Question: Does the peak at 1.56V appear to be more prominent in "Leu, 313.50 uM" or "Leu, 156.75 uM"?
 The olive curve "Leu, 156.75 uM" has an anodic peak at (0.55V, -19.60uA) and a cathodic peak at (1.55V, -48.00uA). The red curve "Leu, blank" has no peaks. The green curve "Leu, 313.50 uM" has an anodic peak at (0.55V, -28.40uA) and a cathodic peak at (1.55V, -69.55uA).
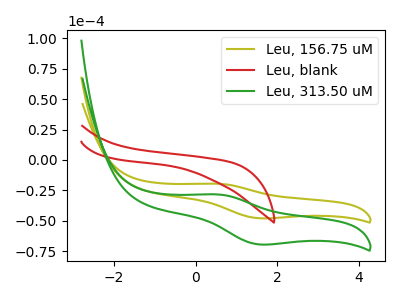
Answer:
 <answer>The peak at 1.56V is higher in "Leu, 313.50 uM" than in "Leu, 156.75 uM".</answer>
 <eval>higher</eval>